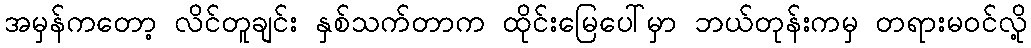
အမှန်ကတော့ လိင်တူချင်း နှစ်သက်တာက ထိုင်းမြေပေါ်မှာ ဘယ်တုန်းကမှ တရားမဝင်လို့